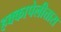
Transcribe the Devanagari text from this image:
हक्कापेलीत्तास